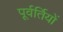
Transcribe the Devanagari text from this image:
पूर्वर्तियों